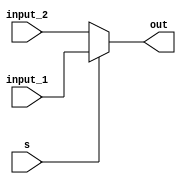
`timescale 1ns / 1ps
module mux#(parameter length = 32) (input s, input [length-1 :0] input_1, input_2, output [length - 1: 0] out);
	assign out = s ? input_1 : input_2;
endmodule